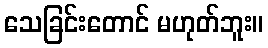
သေခြင်းတောင် မဟုတ်ဘူး။